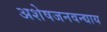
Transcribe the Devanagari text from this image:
अशेषजनवन्द्याय